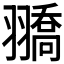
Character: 𦒓